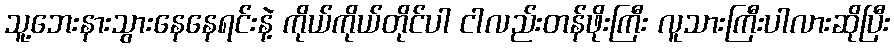
သူ့ဘေးနားသွားနေနေရင်းနဲ့ ကိုယ်ကိုယ်တိုင်ပါ ငါလည်းတန်ဖိုးကြီး လူသားကြီးပါလားဆိုပြီး